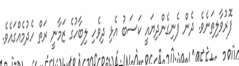
ފޮރުވާލިތަނެވެ. ދެން ފެނިގެންދިޔައީ ކަސަބު އެޅި ދިވެހި ލިބާހުގެ ޒަމާނީ ރަތް ހެދުމެއްގައެވެ.